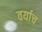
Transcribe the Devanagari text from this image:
वर्याच